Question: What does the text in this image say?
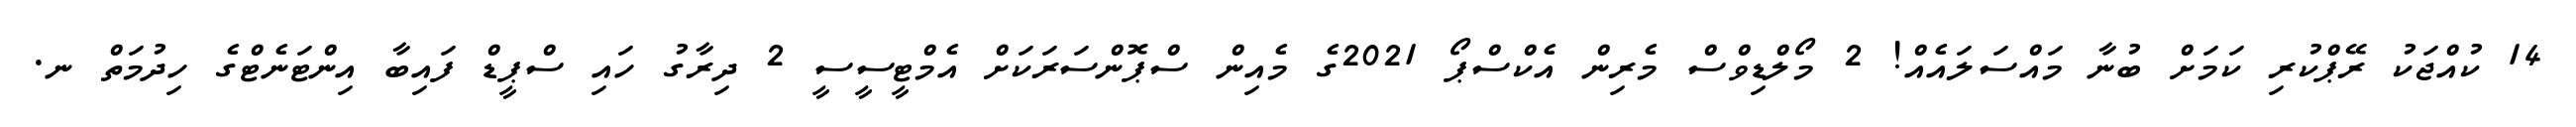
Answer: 14 ކުއްޖަކު ރޭޕްކުރި ކަމަށް ބުނާ މައްސަލައެއް! 2 މޯލްޑިވްސް މެރިން އެކްސްޕޯ 2021ގެ މެއިން ސްޕޮންސަރަކަށް އެމްޓީސީސީ 2 ދިރާގު ހައި ސްޕީޑް ފައިބާ އިންޓަނެޓްގެ ހިދުމަތް ނ.